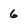
Character: 6